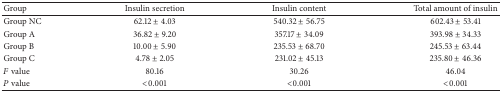
| Group | Insulin secretion | Insulin content | Total amount of insulin |
 | --- | --- | --- | --- |
 | Group NC | 62.12 ± 4.03 | 540.32 ± 56.75 | 602.43 ± 53.41 |
 | Group A | 36.82 ± 9.20 | 357.17 ± 34.09 | 393.98 ± 34.33 |
 | Group B | 10.00 ± 5.90 | 235.53 ± 68.70 | 245.53 ± 63.44 |
 | Group C | 4.78 ± 2.05 | 231.02 ± 45.13 | 235.80 ± 46.36 |
 | F value | 80.16 | 30.26 | 46.04 |
 | P value | <0.001 | <0.001 | <0.001 |